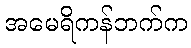
အမေရိကန်ဘက်က